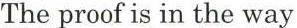
The proof is in the way